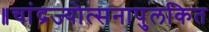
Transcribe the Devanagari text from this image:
॥चांद्रज्योत्सनापुलकित